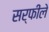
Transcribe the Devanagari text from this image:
सर्फीले